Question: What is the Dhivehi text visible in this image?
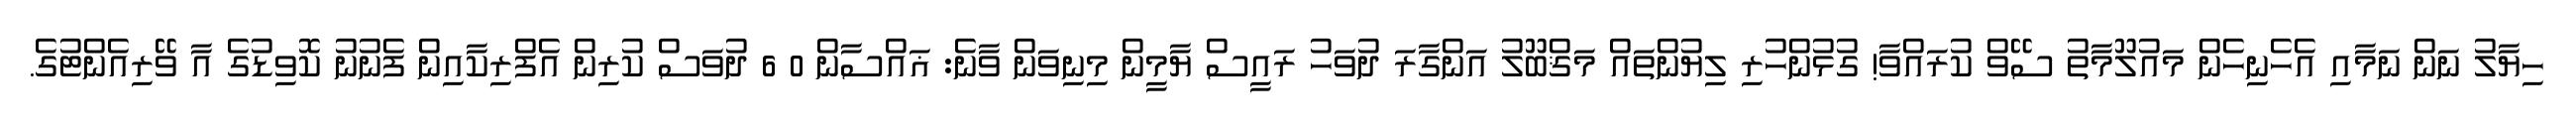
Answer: ހިޔާލު ނަން ނަމާއި އެހެނިހެން މައުލޫމާތު ސޭވް ކުރައްވާ! ގުޅުންހުރި ލިޔުންތައް މަޤްބޫލު އަންގާރަ ދުވަހު ރައީސް ޔާމީން މިނިވަން ވާނެ: ޣައްސާން 0 6 ދުވަސް ކުރިން އެފްރިކާއިން ފެނުނު ކޮވިޑުގެ އާ ވޭރިއެންޓުގެ.